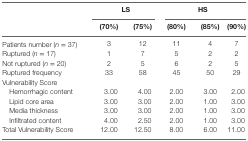
<table><thead><tr><td></td><td colspan="2"><b>LS</b></td><td colspan="3"><b>HS</b></td></tr><tr><td></td><td><b>(70%)</b></td><td><b>(75%)</b></td><td><b>(80%)</b></td><td><b>(85%)</b></td><td><b>(90%)</b></td></tr></thead><tbody><tr><td>Patients number (<i>n</i> = 37)</td><td>3</td><td>12</td><td>11</td><td>4</td><td>7</td></tr><tr><td>Ruptured (<i>n</i> = 17)</td><td>1</td><td>7</td><td>5</td><td>2</td><td>2</td></tr><tr><td>Not ruptured (<i>n</i> = 20)</td><td>2</td><td>5</td><td>6</td><td>2</td><td>5</td></tr><tr><td>Ruptured frequency</td><td>33</td><td>58</td><td>45</td><td>50</td><td>29</td></tr><tr><td>Vulnerability Score</td><td></td><td></td><td></td><td></td><td></td></tr><tr><td> Hemorrhagic content</td><td>3.00</td><td>4.00</td><td>2.00</td><td>3.00</td><td>2.00</td></tr><tr><td> Lipid core area</td><td>3.00</td><td>3.00</td><td>2.00</td><td>1.00</td><td>3.00</td></tr><tr><td> Media thickness</td><td>3.00</td><td>3.00</td><td>2.00</td><td>1.00</td><td>3.00</td></tr><tr><td> Infiltrated content</td><td>4.00</td><td>2.50</td><td>2.00</td><td>1.00</td><td>3.00</td></tr><tr><td>Total Vulnerability Score</td><td>12.00</td><td>12.50</td><td>8.00</td><td>6.00</td><td>11.00</td></tr></tbody></table>